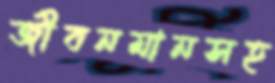
জীবনমানসহ